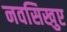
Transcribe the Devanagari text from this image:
नवसिखुए